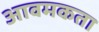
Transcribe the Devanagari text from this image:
आवमकता